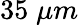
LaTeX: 35\; \mu m